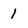
Character: 1